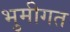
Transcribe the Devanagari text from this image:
भुमीगत